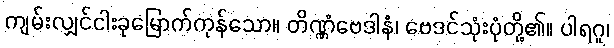
ကျမ်းလျှင်ငါးခုမြောက်ကုန်သော။ တိဏ္ဏံဗေဒါနံ၊ ဗေဒင်သုံးပုံတို့၏။ ပါရဂူ၊